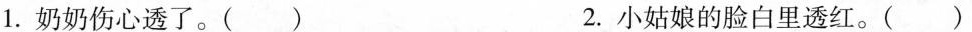
1.奶奶伤心透了。( ) 2.小姑娘的脸白里透红。( )